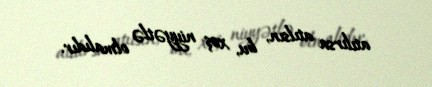
atılırsa atılsın, bu, xoş niyyətlə olmalıdır.